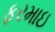
ફરમાઇ